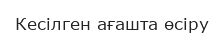
Кесілген ағашта өсіру